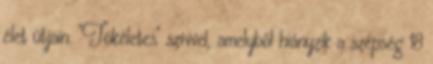
élet útjain. "Tökéletes" szívvel, amelyből hiányzik a szépség 18